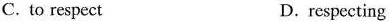
C. to respect D. respecting